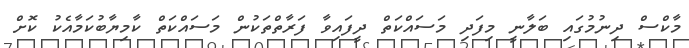
މާކްސް ދިނުމުގައި ބަލާނީ މިފަދި މަސައްކަތް ދީފައިވާ ފަރާތްތަކުން މަސައްކަތް ކާމިޔާބުކަމާއެކު ކޮށް